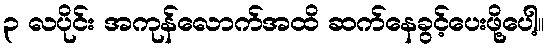
၃ လပိုင်း အကုန်လောက်အထိ ဆက်နေခွင့်ပေးဖို့ပေါ့။